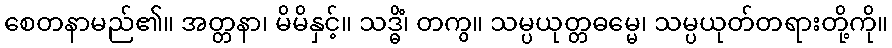
စေတနာမည်၏။ အတ္တနာ၊ မိမိနှင့်။ သဒ္ဓိံ၊ တကွ။ သမ္ပယုတ္တဓမ္မေ၊ သမ္ပယုတ်တရားတို့ကို။